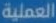
العملية